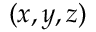
( x , y , z )